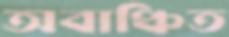
অবাঞ্চিত